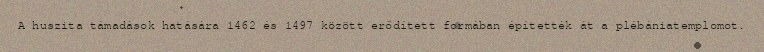
A huszita támadások hatására 1462 és 1497 között erődített formában építették át a plébániatemplomot.